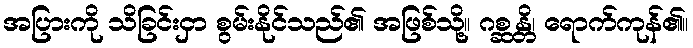
အပြားကို သိခြင်းငှာ စွမ်းနိုင်သည်၏ အဖြစ်သို့။ ဂစ္ဆန္တိ၊ ရောက်ကုန်၏။